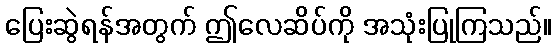
ပြေးဆွဲရန်အတွက် ဤလေဆိပ်ကို အသုံးပြုကြသည်။